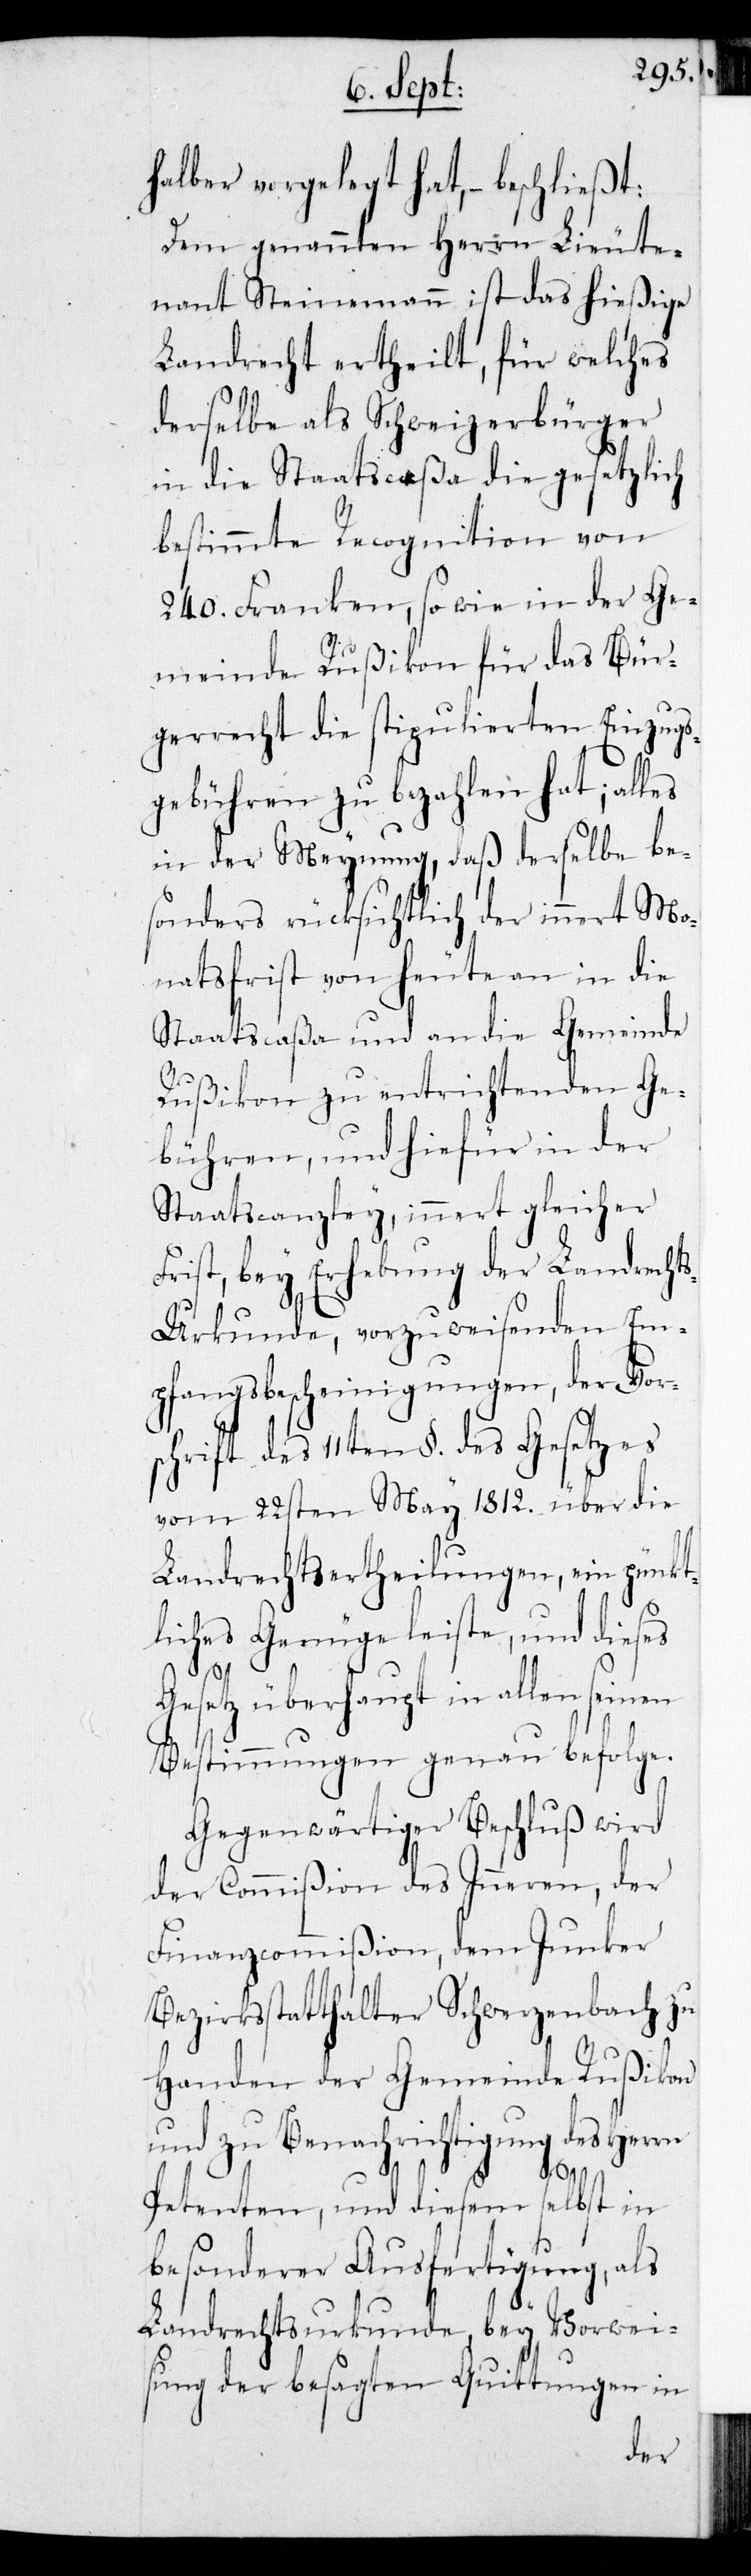
halber vorgelegt hat, – beschließt:
Dem genannten Herrn Lieute¬
nant Steinemann ist das hießige
Landrecht ertheilt, für welches
derselbe als Schweizerbürger
in die Staatscaßa die gesetzlich
bestimmte Recognition von
240. Franken, sowie in der Ge¬
meinde Rußikon für das Bür¬
gerrecht die stipulierten Einzugs¬
gebühren zu bezahlen hat; alles
in der Meynung, daß derselbe be¬
sonders rücksichtlich der innert Mo¬
natsfrist von heute an in die
Staatscaßa und an die Gemeinde
Rußikon zu entrichtenden Ge¬
bühren, und hiefür in der
Staatscanzley, innert gleicher
Frist, bey Erhebung der Landrecht¬
s-Urkunde, vorzuweisenden Em¬
pfangsbescheinigungen, der Vor¬
schrift des 11ten §. des Gesetzes
vom 22sten May 1812. über die
Landrechtsertheilungen, ein pünkt¬
liches Genüge leiste, und dieses
Gesetz überhaupt in allen seinen
Bestimmungen genau befolge.
Gegenwärtiger Beschluß wird
der Commißion des Inneren, der
Finanzcommißion, dem Junker
Bezirksstatthalter Schwerzenbach zu
Handen der Gemeinde Rußikon
und zu Benachrichtigung des Herrn
Petenten, und diesem selbst in
besonderer Ausfertigung, als
Landrechtsurkunde bey Vorwei¬
sung der besagten Quittungen in